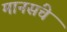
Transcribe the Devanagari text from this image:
मानसंचे